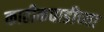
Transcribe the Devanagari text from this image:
काठीकवाडीच्या